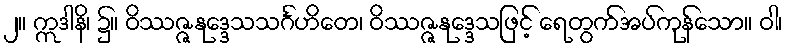
၂။ ဣဒါနိ၊ ၌။ ဝိဿဇ္ဇနုဒ္ဒေသသင်္ဂဟိတေ၊ ဝိဿဇ္ဇနုဒ္ဒေသဖြင့် ရေတွက်အပ်ကုန်သော။ ဝါ၊